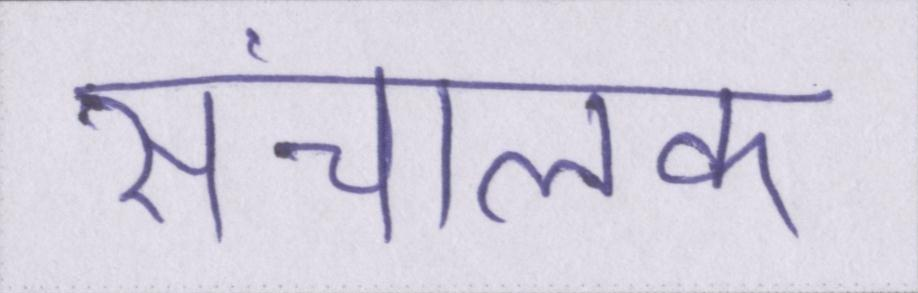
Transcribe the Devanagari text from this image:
संचालक